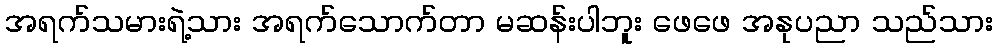
အရက်သမားရဲ့သား အရက်သောက်တာ မဆန်းပါဘူး ဖေဖေ အနုပညာ သည်သား